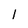
Character: l